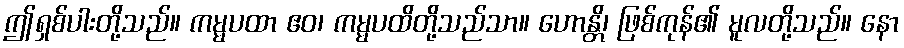
ဤရှစ်ပါးတို့သည်။ ကမ္မပထာ ဧဝ၊ ကမ္မပထိတို့သည်သာ။ ဟောန္တိ၊ ဖြစ်ကုန်၏ မူလတို့သည်။ နော